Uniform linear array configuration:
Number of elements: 48
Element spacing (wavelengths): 0.5
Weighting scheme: uniform
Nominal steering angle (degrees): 15
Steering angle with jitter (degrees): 14.412
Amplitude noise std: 0.05
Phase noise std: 0.05

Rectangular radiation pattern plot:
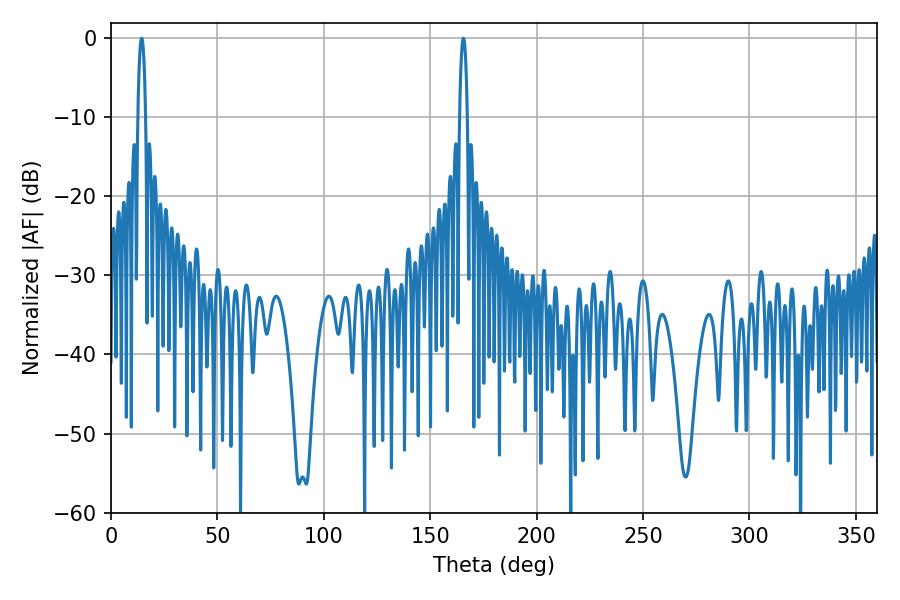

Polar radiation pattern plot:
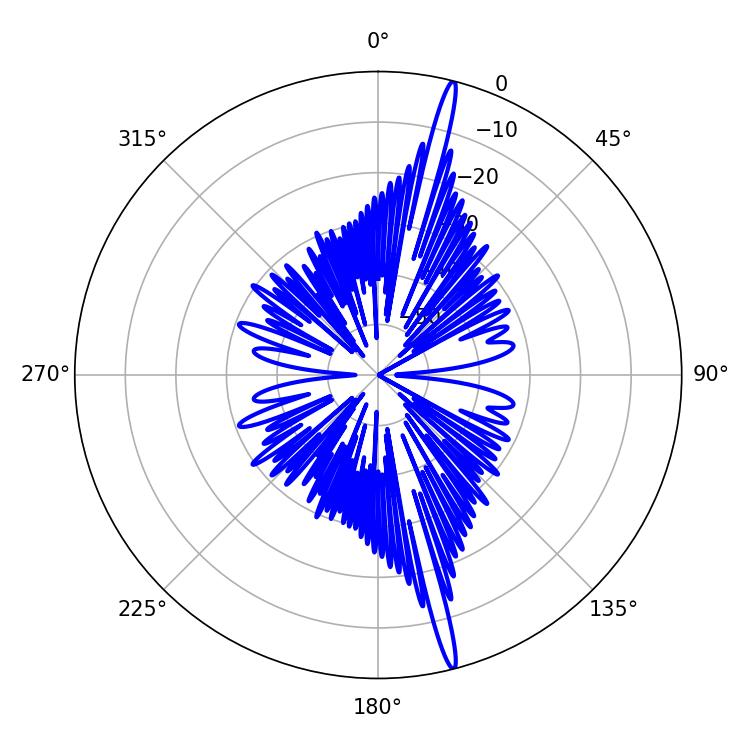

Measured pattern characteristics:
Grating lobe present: FALSE
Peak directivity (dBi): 19.723
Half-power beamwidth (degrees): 2.16
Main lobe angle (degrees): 14.4